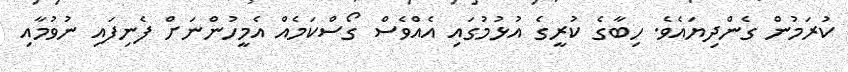
ކުރަމުން ގެންދިޔައެވެ. ހިބާގެ ކުރީގެ އުޅުމުގައި އެއްވެސް ގޯސްކަމެއް އެމީހުންނަށް ފެނިފައި ނުވުމާއި